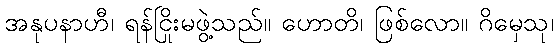
အနုပနာဟီ၊ ရန်ငြိုးမဖွဲ့သည်။ ဟောတိ၊ ဖြစ်လော။ ဂိမှေသု၊